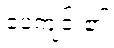
ပေကျင်း၏